Leaving Certificate Examination (including Day School Certificate (Higher) General paper), 1938
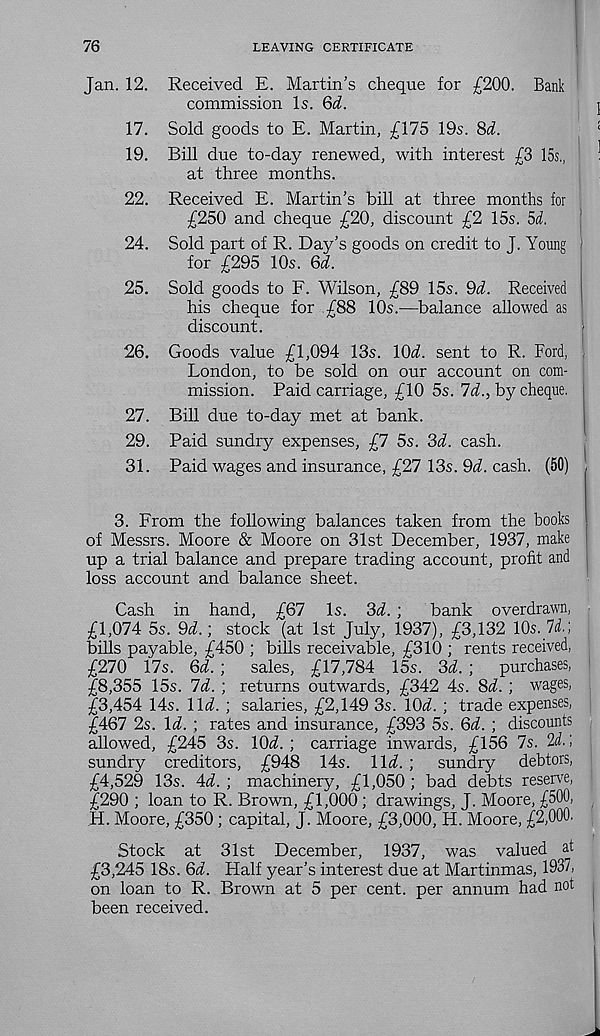
76
LEAVING CERTIFICATE
Jan. 12. Received E. Martin’s cheque for £200. Bank
commission Is. Qd.
17. Sold goods to E. Martin, £175 19s. 8d.
19. Bill due to-day renewed, with interest £3 15s.,
at three months.
22. Received E. Martin’s bill at three months for
£250 and cheque £20, discount £2 15s. 5(f.
24. Sold part of R. Day’s goods on credit to T. Youne
for £295 10s. Qd.
25. Sold goods to F. Wilson, £89 15s. Qd. Received
his cheque for £88 10s.—^balance allowed as
discount.
26. Goods value £1,094 13s. lOi. sent to R. Ford,
London, to be sold on our account on com-
mission. Paid carriage, £10 5s. Id., by cheque.
27. Bill due to-day met at bank.
29. Paid sundry expenses, £7 5s. 2>d. cash.
31. Paid wages and insurance, £27 13s. 9d. cash. (50)
3. From the following balances taken from the books
of Messrs. Moore & Moore on 31st December, 1937, make
up a trial balance and prepare trading account, profit and
loss account and balance sheet.
Cash in hand, £67 Is. 3d. ;
bank overdrawn,
£1,074 5s. 9d.; stock (at 1st July, 1937), £3,132 10s. 7(f.;
bills payable, £450 ; bills receivable, £310 ; rents received,
£270 17s. Qd. ;
sales, £17,784 15s. 3d. ;
purchases,
£8,355 15s. Id. ; returns outwards, £342 4s. 3d. ; wages,
£3,454 14s. lid. ; salaries, £2,149 3s. lOd. ; trade expenses,
£467 2s. Id. ; rates and insurance, £393 5s. 6d. ; discounts
allowed, £245 3s. lOd. ; carriage inwards, £156 7s. 2d.;
sundry creditors, £948 14s. lid. ;
sundry debtors,
£4,529 13s. 4d. ; machinery, £1,050 ; bad debts reserve,
£290 ; loan to R. Brown, £1,000 ; drawings, J. Moore, £500,
H. Moore, £350 ; capital, J. Moore, £3,000, H. Moore, £2,000.
Stock at 31st December, 1937, was valued at
£3,245 18s. 6d. Half year’s interest due at Martinmas, 1937,
on loan to R. Brown at 5 per cent, per annum had not
been received.